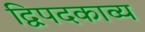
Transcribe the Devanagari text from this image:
द्विपदकाव्य